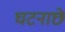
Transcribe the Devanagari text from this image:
घटनाछे